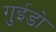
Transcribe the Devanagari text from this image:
गुईडो